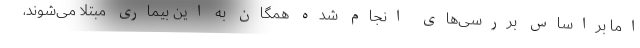
اما براساس بررسی‌های انجام شده همگان به این بیماری مبتلا می‌شوند،